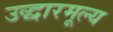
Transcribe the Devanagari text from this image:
उद्धारमूल्य